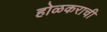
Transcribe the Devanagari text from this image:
होळकराची